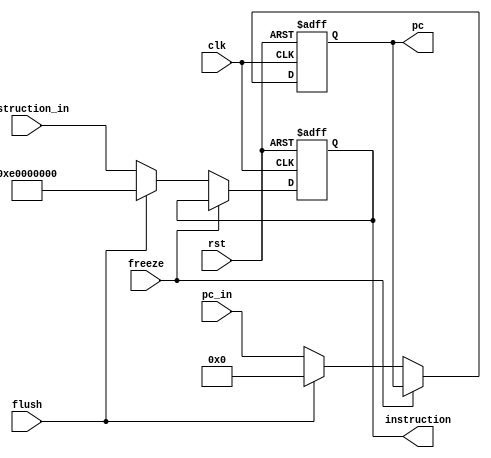
module IF_Stage_Reg (
  input             clk,
  input             rst,
  
  // From Instruction Fetch Stage
  input [31:0]      pc_in,
  input [31:0]      instruction_in,
  
  // From Executaion Stage
  input             flush,
  
  // From Hazard Detection Unit
  input             freeze,
  
  output reg [31:0] pc,
  output reg [31:0] instruction
  );
  
  always @ (posedge clk, posedge rst) begin
    if (rst) begin
      pc <= 32'b00000000000000000000000000000000;
      instruction <= 32'b11100000000000000000000000000000;
    end else if (!freeze) begin
      if (flush) begin
        pc <= 32'b00000000000000000000000000000000;
        instruction <= 32'b11100000000000000000000000000000;
      end else begin
        pc <= pc_in;
        instruction <= instruction_in;
      end
    end
  end

endmodule